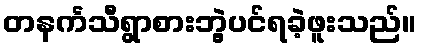
တနင်္ကသီရွာစားဘွဲ့ပင်ရခဲ့ဖူးသည်။